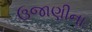
ઉજાણીના